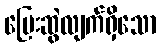
ပြေးဆွဲလျက်ရှိသော